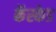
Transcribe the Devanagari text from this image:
कॅस्केड